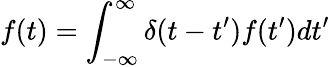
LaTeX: f(t)=\int_{-\infty}^{\infty}\delta(t-t^{\prime})f(t^{\prime})dt^{\prime}